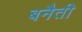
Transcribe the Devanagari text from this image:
बनैती